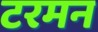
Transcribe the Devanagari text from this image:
टरमन